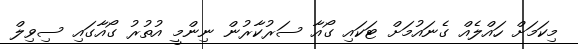
މިކަމަށް ހައްލެއް ގެނައުމަށް ޓަކައި ގޯއާ ސަރުކާރުން ނިންމީ އުތުރު ގޯއާގައި ސިވިލް